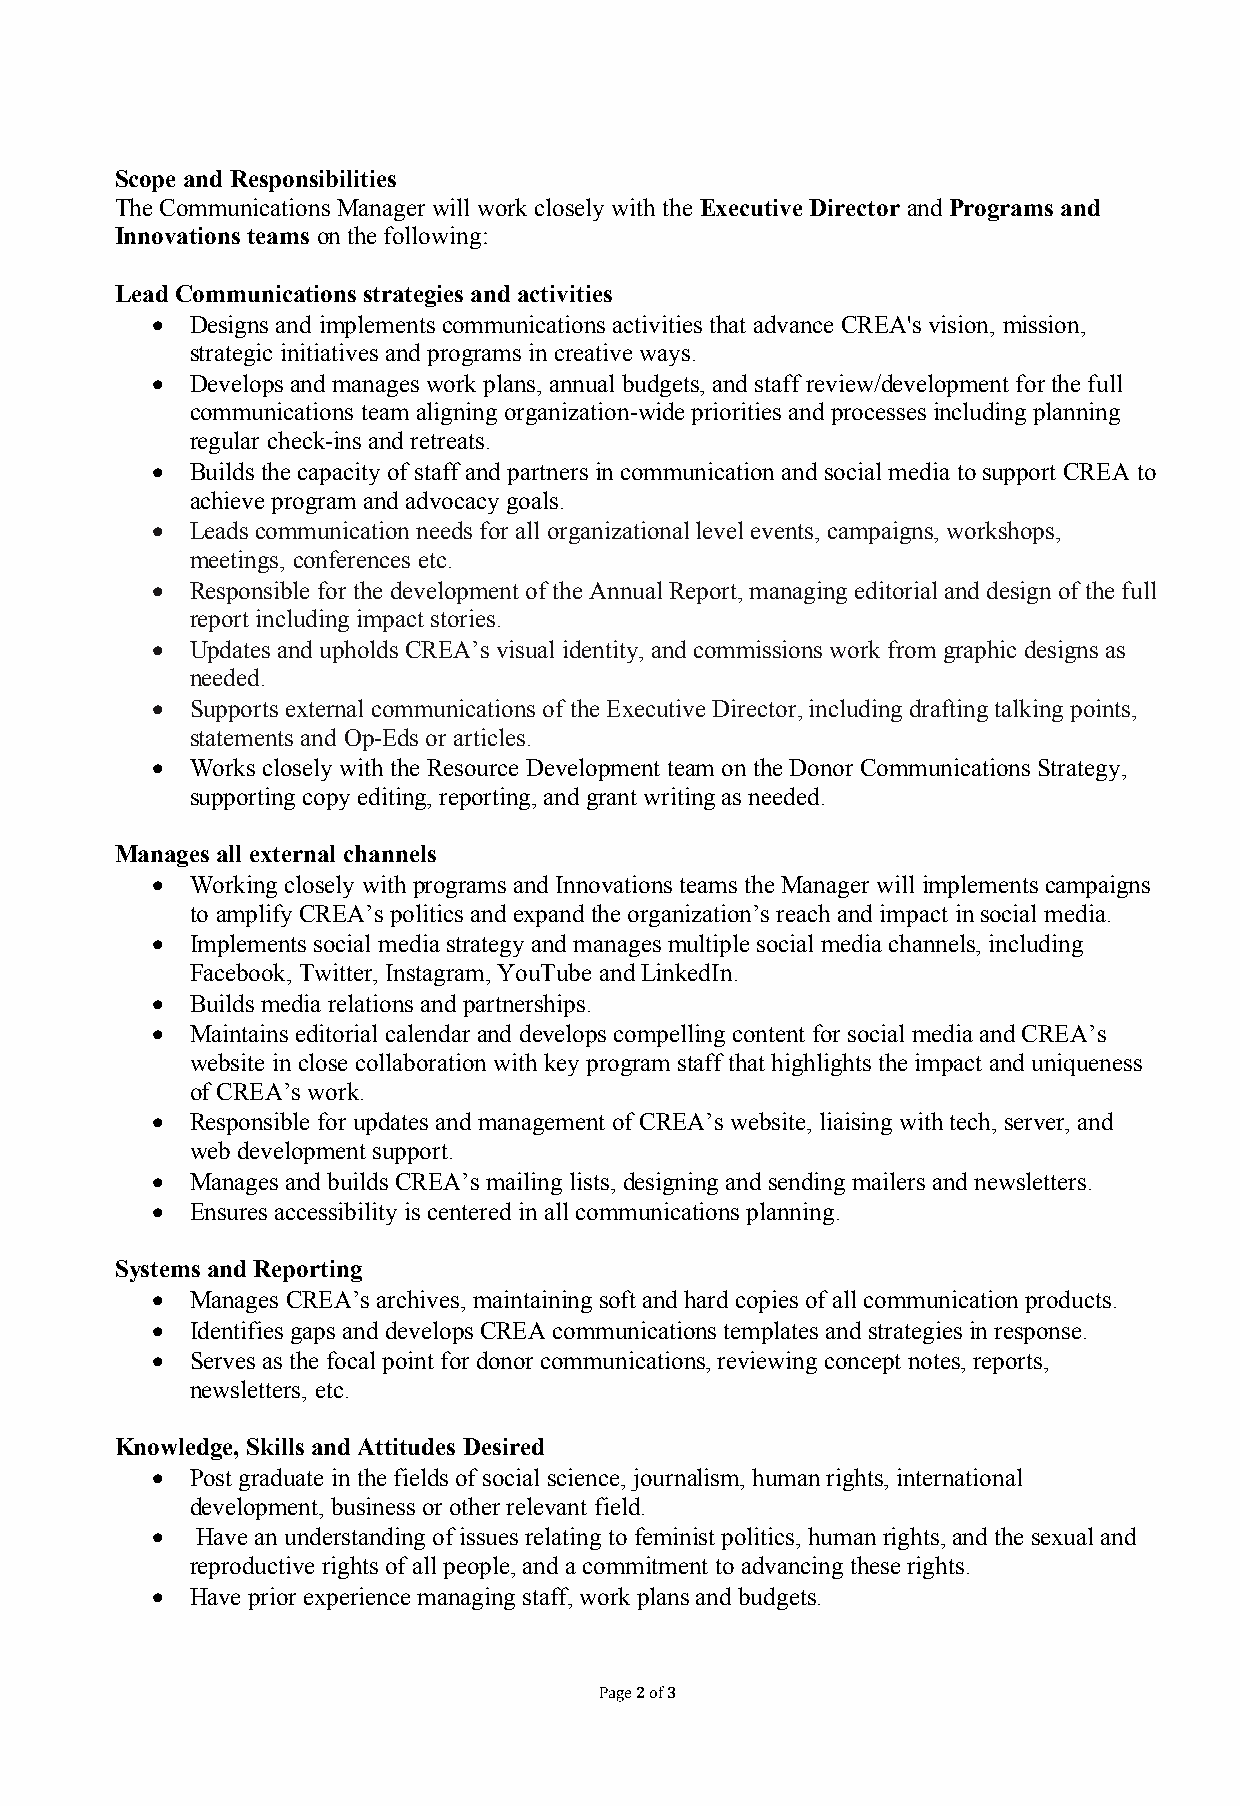
Scope and Responsibilities
 The Communications Manager will work closely with the Executive Director and Programs and
 Innovations teams on the following:
 Lead Communications strategies and activities
 •  Designs and implements communications activities that advance CREA's vision, mission,
 strategic initiatives and programs in creative ways.
 •  Develops and manages work plans, annual budgets, and staff review/development for the full
 communications team aligning organization-wide priorities and processes including planning
 regular check-ins and retreats.
 •  Builds the capacity of staff and partners in communication and social media to support CREA to
 achieve program and advocacy goals.
 •  Leads communication needs for all organizational level events, campaigns, workshops,
 meetings, conferences etc.
 •  Responsible for the development of the Annual Report, managing editorial and design of the full
 report including impact stories.
 •  Updates and upholds CREA’s visual identity, and commissions work from graphic designs as
 needed.
 •  Supports external communications of the Executive Director, including drafting talking points,
 statements and Op-Eds or articles.
 •  Works closely with the Resource Development team on the Donor Communications Strategy,
 supporting copy editing, reporting, and grant writing as needed.
 Manages all external channels
 •  Working closely with programs and Innovations teams the Manager will implements campaigns
 to amplify CREA’s politics and expand the organization’s reach and impact in social media.
 •  Implements social media strategy and manages multiple social media channels, including
 Facebook, Twitter, Instagram, YouTube and LinkedIn.
 •  Builds media relations and partnerships.
 •  Maintains editorial calendar and develops compelling content for social media and CREA’s
 website in close collaboration with key program staff that highlights the impact and uniqueness
 of CREA’s work.
 •  Responsible for updates and management of CREA’s website, liaising with tech, server, and
 web development support.
 •  Manages and builds CREA’s mailing lists, designing and sending mailers and newsletters.
 •  Ensures accessibility is centered in all communications planning.
 Systems and Reporting
 •  Manages CREA’s archives, maintaining soft and hard copies of all communication products.
 •  Identifies gaps and develops CREA communications templates and strategies in response.
 •  Serves as the focal point for donor communications, reviewing concept notes, reports,
 newsletters, etc.
 Knowledge, Skills and Attitudes Desired
 •  Post graduate in the fields of social science, journalism, human rights, international
 development, business or other relevant field.
 •  Have an understanding of issues relating to feminist politics, human rights, and the sexual and
 reproductive rights of all people, and a commitment to advancing these rights.
 •  Have prior experience managing staff, work plans and budgets.
 Page 2 of 3